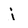
Character: i